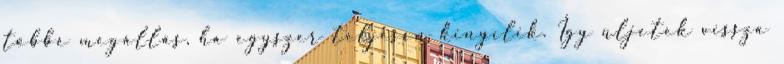
többé megállás, ha egyszer teljesen kinyílik. Így üljetek vissza